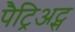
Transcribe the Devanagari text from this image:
पैट्रिअट्स